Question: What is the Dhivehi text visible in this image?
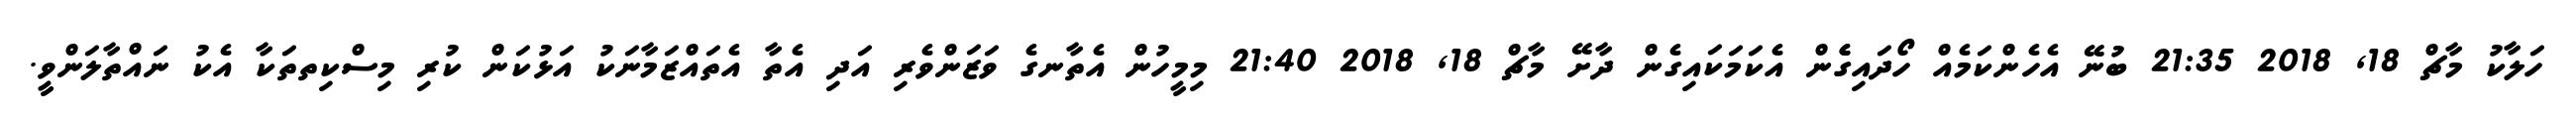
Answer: ހަލާކު މާޗް 18, 2018 21:35 ބުނޭ އެހެންކަމެއް ހޯދައިގެެން އެކަމަކައިގެން ދާށޭ މާޗް 18, 2018 21:40 މިމީހުން އެތާނގެ ވަޒަންވެރި އަދި އެތާ އެތައްޒަމާނަކު އަޅުކަން ކުރި މިސްކިތތަކާ އެކު ނައްތާލަންވީ.